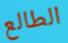
الطالع